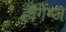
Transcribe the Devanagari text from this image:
हँगिंग्ज